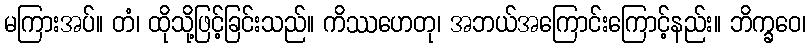
မကြားအပ်။ တံ၊ ထိုသို့ဖြင့်ခြင်းသည်။ ကိဿဟေတု၊ အဘယ်အကြောင်းကြောင့်နည်း။ ဘိက္ခဝေ၊